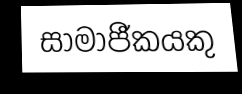
සාමාජීකයකු